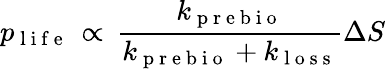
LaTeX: p_{\mathrm{~l~i~f~e~}}\, \propto\, \frac{k_{\mathrm{~p~r~e~b~i~o~}}}{k_{\mathrm{~p~r~e~b~i~o~}}+k_{\mathrm{~l~o~s~s~}}}\Delta S